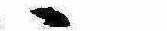
ゝ